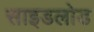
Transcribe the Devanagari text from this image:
साइडलोड